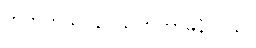
ဟုတ်တယ်၊ နင် ပြောတာမှန်တယ်။